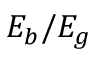
E _ { b } / E _ { g }